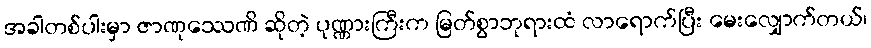
အခါတစ်ပါးမှာ ဇာဏုဿေဏိ ဆိုတဲ့ ပုဏ္ဏားကြီးက မြတ်စွာဘုရားထံ လာရောက်ပြီး မေးလျှောက်တယ်၊